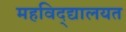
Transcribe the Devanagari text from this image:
महविद्द्यालयत